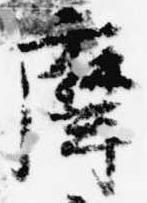
摩